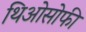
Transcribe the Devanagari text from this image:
थिओसोफी